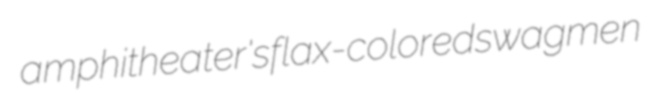
amphitheater's flax-colored swagmen